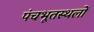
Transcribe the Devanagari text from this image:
पंचभूतस्थलों